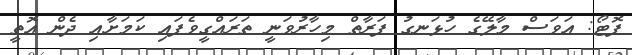
ފޮޓޯ: އަވަސް މާލޭގެ ހުޅަނގު ފަރާތް މިހާރުވަނީ ތަރައްގީވެފައި ކަމަށާއި ދެން އޮތީ